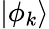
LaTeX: |\phi_{k}\rangle